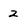
Character: 2